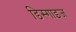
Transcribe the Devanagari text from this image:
डिस्गाइज